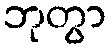
ဘုတွာ